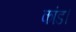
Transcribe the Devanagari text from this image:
कांड।